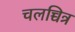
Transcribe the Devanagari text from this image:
चलच्चित्र